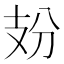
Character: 𢺺